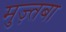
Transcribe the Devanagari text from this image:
मुज़्तबा